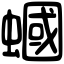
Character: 蟈